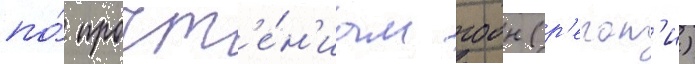
по́ прочт'е́н'иам гоон (р'егат'и)